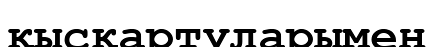
қысқартуларымен